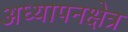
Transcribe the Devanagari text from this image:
अध्यापनक्षेत्र